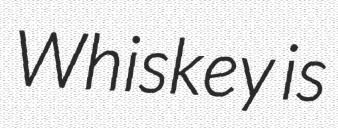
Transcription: Whiskey is